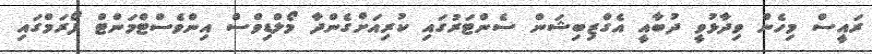
ރައީސް މިހެން ވިދާޅުވީ ދުބާއީ އެގްޒިބިޝަން ސެންޓަރުގައި ކުރިއަށްގެންދާ މޯލްޑިވްސް އިންވެސްޓްމަންޓް ފޯރަމްގައި